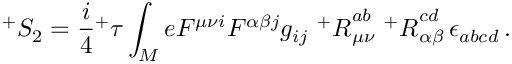
^ { + } S _ { 2 } = \frac { i } { 4 } { ^ + \tau } \int _ { M } e F ^ { \mu \nu i } F ^ { \alpha \beta j } g _ { i j } \, \, { ^ + { \cal R } } _ { \mu \nu } ^ { a b } \, \, { ^ + { \cal R } } _ { \alpha \beta } ^ { c d } \, \epsilon _ { a b c d } \, .